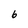
Character: 6